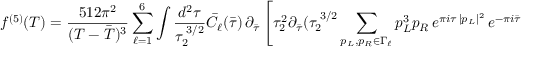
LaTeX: f ^ { ( 5 ) } ( T ) = { \frac { 5 1 2 \pi ^ { 2 } } { ( T - { \bar { T } } ) ^ { 3 } } } \sum _ { \ell = 1 } ^ { 6 } \int \frac { d ^ { 2 } \tau } { \tau _ { 2 } ^ { \; 3 / 2 } } \bar { C } _ { \ell } ( \bar { \tau } ) \, \partial _ { \bar { \tau } } \left[ \tau _ { 2 } ^ { 2 } \partial _ { \bar { \tau } } ( \tau _ { 2 } ^ { \; 3 / 2 } \sum _ { p _ { L } , p _ { R } \in \Gamma _ { \ell } } p _ { L } ^ { 3 } { p } _ { R } \, e ^ { \pi i \tau \, | p _ { L } | ^ { 2 } } \, e ^ { - \pi i \bar { \tau } \, p _ { R } ^ { 2 } } ) \right] \, .